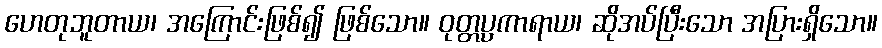
ဟေတုဘူတာယ၊ အကြောင်းဖြစ်၍ ဖြစ်သော။ ဝုတ္တပ္ပကာရာယ၊ ဆိုအပ်ပြီးသော အပြားရှိသော။